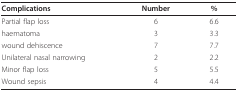
<table><thead><tr><td><b>Complications</b></td><td><b>Number</b></td><td><b>%</b></td></tr></thead><tbody><tr><td>Partial flap loss</td><td>6</td><td>6.6</td></tr><tr><td>haematoma</td><td>3</td><td>3.3</td></tr><tr><td>wound dehiscence</td><td>7</td><td>7.7</td></tr><tr><td>Unilateral nasal narrowing</td><td>2</td><td>2.2</td></tr><tr><td>Minor flap loss</td><td>5</td><td>5.5</td></tr><tr><td>Wound sepsis</td><td>4</td><td>4.4</td></tr></tbody></table>